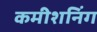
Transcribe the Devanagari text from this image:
कमीशनिंग